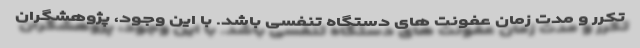
تکرر و مدت زمان عفونت های دستگاه تنفسی باشد. با این وجود، پژوهشگران